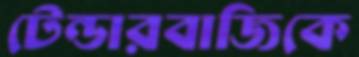
টেন্ডারবাজিকে